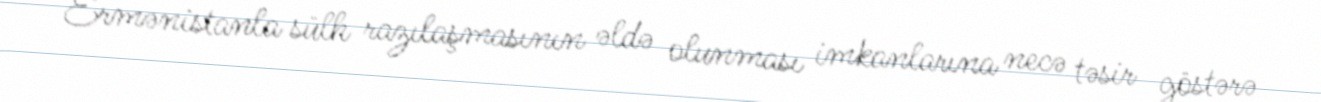
Ermənistanla sülh razılaşmasının əldə olunması imkanlarına necə təsir göstərə